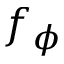
f _ { \phi }